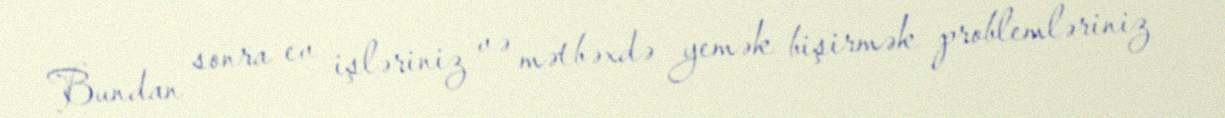
Bundan sonra ev işləriniz və mətbəxdə yemək bişirmək problemləriniz